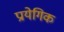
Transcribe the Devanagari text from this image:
प्रायेगिक